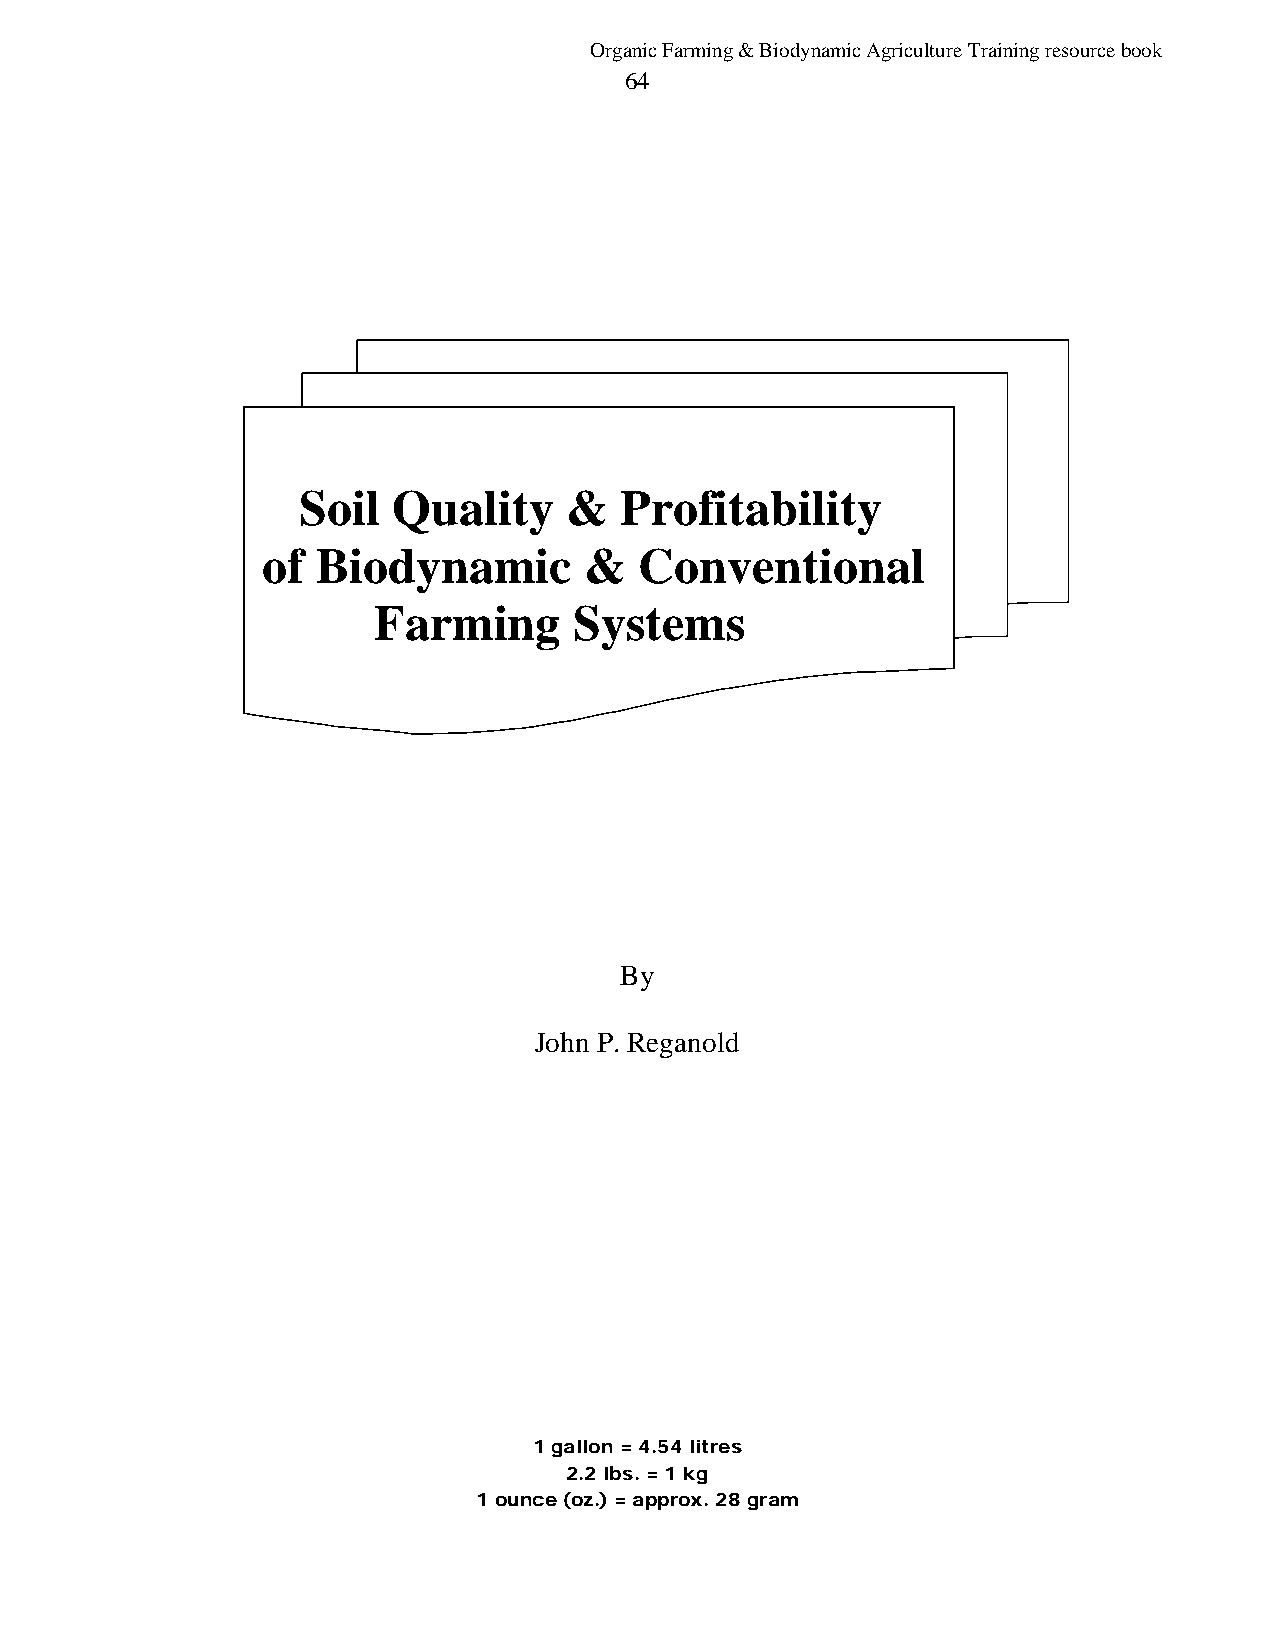
Organic Farming & Biodynamic Agriculture Training resource book
 64
 Soil  Quality     &  Profitability
 of  Biodynamic        &  Conventional
 Farming      Systems
 By
 John P. Reganold
 1 gallon = 4.54 litres
 2.2 lbs. = 1 kg
 1 ounce (oz.) = approx. 28 gram